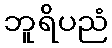
ဘူရိပညံ